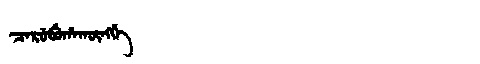
Manchu: ᠴᠠᡵᡠᠪᡠᡥᠠᡴᡡᠩᡤᡝ
Romanization: CARUBUHAKŪNGGE